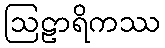
ဩဠာရိကဿ